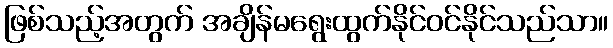
ဖြစ်သည့်အတွက် အချိန်မရွေးထွက်နိုင်ဝင်နိုင်သည်သာ။